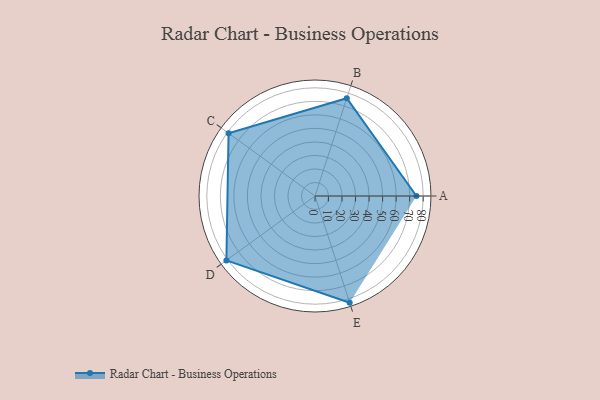
{"axis": {"x": "Skill", "y": "Score"}, "legend": ["Profile"], "data": [{"x": "A", "y": 75.0, "type": "Profile"}, {"x": "B", "y": 76.0, "type": "Profile"}, {"x": "C", "y": 79.0, "type": "Profile"}, {"x": "D", "y": 81.0, "type": "Profile"}, {"x": "E", "y": 83.0, "type": "Profile"}]}